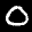
Label: 0